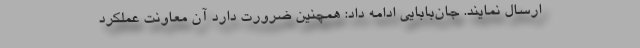
ارسال نمایند. جان‌بابایی ادامه داد: همچنین ضرورت دارد آن معاونت عملکرد